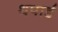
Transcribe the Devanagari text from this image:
थपाई